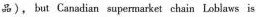
品), but Canadian supe market chain Loblaws is